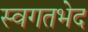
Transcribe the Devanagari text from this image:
स्वगतभेद